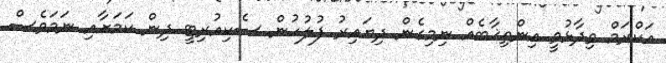
އަކްރަމް ވިދާޅުވީ އިންތިޚާބެއް ނިމިގެން ދިޔައިރު ފުލުހުން ސެކިއުރިޓީ ދިން ކަމަށާއި ނަމަވެސް